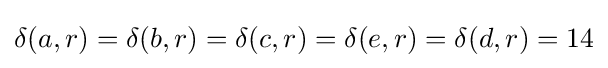
\delta (a,r)=\delta (b,r)=\delta (c,r)=\delta (e,r)=\delta (d,r)=14